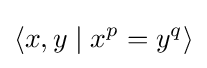
\langle x,y\mid x^{p}=y^{q}\rangle